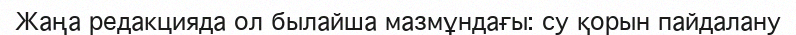
Жаңа редакцияда ол былайша мазмұндағы: су қорын пайдалану